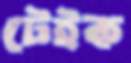
টেইক